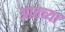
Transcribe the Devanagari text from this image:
आतच्या